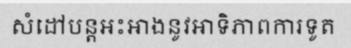
សំដៅបន្តអះអាងនូវអាទិភាពការទូត